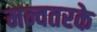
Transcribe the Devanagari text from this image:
मन्वतरके